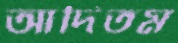
আদিতম